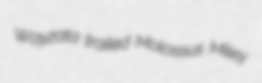
Wayzata trailed Molossus Miley